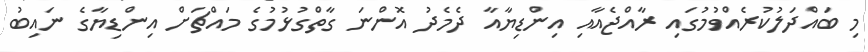
މި ބައްދަލުކުރެއްވުމުގައި ރާއްޖެއާއި އިންޑިޔާއާ ދެމެދު އޮންނަ ގާތްގުޅުމުގެ މައްޗަށް އިންޑިޔާގެ ނައިބު